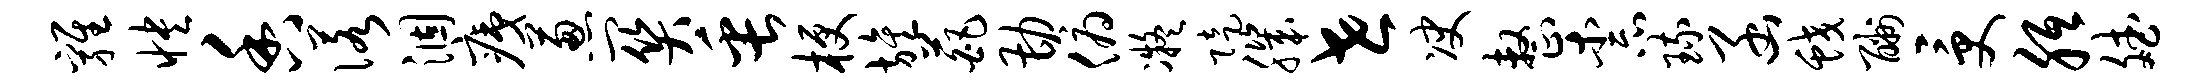
鸡怏香诺涸痍葱关缶梗旌葩勘俯凝陡肌世决整柰琉函蛟酬受胝斌